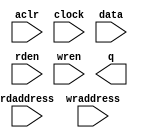
// megafunction wizard: %LPM_RAM_DP%VBB%
// GENERATION: STANDARD
// VERSION: WM1.0
// MODULE: altsyncram 

// ============================================================
// Megafunction Name(s):
// 			altsyncram
//
// Simulation Library Files(s):
// 			altera_mf
// ============================================================
// ************************************************************
// THIS IS A WIZARD-GENERATED FILE. DO NOT EDIT THIS FILE!
//
// 9.1 Build 222 10/21/2009 SJ Full Version
// ************************************************************

//Copyright (C) 1991-2009 Altera Corporation
//Your use of Altera Corporation's design tools, logic functions 
//and other software and tools, and its AMPP partner logic 
//functions, and any output files from any of the foregoing 
//(including device programming or simulation files), and any 
//associated documentation or information are expressly subject 
//to the terms and conditions of the Altera Program License 
//Subscription Agreement, Altera MegaCore Function License 
//Agreement, or other applicable license agreement, including, 
//without limitation, that your use is for the sole purpose of 
//programming logic devices manufactured by Altera and sold by 
//Altera or its authorized distributors.  Please refer to the 
//applicable agreement for further details.

module lpm_ram_dp0 (
	aclr,
	clock,
	data,
	rdaddress,
	rden,
	wraddress,
	wren,
	q);

	input	  aclr;
	input	  clock;
	input	[31:0]  data;
	input	[6:0]  rdaddress;
	input	  rden;
	input	[6:0]  wraddress;
	input	  wren;
	output	[31:0]  q;
`ifndef ALTERA_RESERVED_QIS
// synopsys translate_off
`endif
	tri0	  aclr;
	tri1	  rden;
	tri1	  wren;
`ifndef ALTERA_RESERVED_QIS
// synopsys translate_on
`endif

endmodule

// ============================================================
// CNX file retrieval info
// ============================================================
// Retrieval info: PRIVATE: ADDRESSSTALL_A NUMERIC "0"
// Retrieval info: PRIVATE: ADDRESSSTALL_B NUMERIC "0"
// Retrieval info: PRIVATE: BYTEENA_ACLR_A NUMERIC "0"
// Retrieval info: PRIVATE: BYTEENA_ACLR_B NUMERIC "0"
// Retrieval info: PRIVATE: BYTE_ENABLE_A NUMERIC "0"
// Retrieval info: PRIVATE: BYTE_ENABLE_B NUMERIC "0"
// Retrieval info: PRIVATE: BYTE_SIZE NUMERIC "8"
// Retrieval info: PRIVATE: BlankMemory NUMERIC "1"
// Retrieval info: PRIVATE: CLOCK_ENABLE_INPUT_A NUMERIC "0"
// Retrieval info: PRIVATE: CLOCK_ENABLE_INPUT_B NUMERIC "0"
// Retrieval info: PRIVATE: CLOCK_ENABLE_OUTPUT_A NUMERIC "0"
// Retrieval info: PRIVATE: CLOCK_ENABLE_OUTPUT_B NUMERIC "0"
// Retrieval info: PRIVATE: CLRdata NUMERIC "0"
// Retrieval info: PRIVATE: CLRq NUMERIC "1"
// Retrieval info: PRIVATE: CLRrdaddress NUMERIC "1"
// Retrieval info: PRIVATE: CLRrren NUMERIC "0"
// Retrieval info: PRIVATE: CLRwraddress NUMERIC "0"
// Retrieval info: PRIVATE: CLRwren NUMERIC "0"
// Retrieval info: PRIVATE: Clock NUMERIC "0"
// Retrieval info: PRIVATE: Clock_A NUMERIC "0"
// Retrieval info: PRIVATE: Clock_B NUMERIC "0"
// Retrieval info: PRIVATE: ECC NUMERIC "0"
// Retrieval info: PRIVATE: IMPLEMENT_IN_LES NUMERIC "0"
// Retrieval info: PRIVATE: INDATA_ACLR_B NUMERIC "0"
// Retrieval info: PRIVATE: INDATA_REG_B NUMERIC "0"
// Retrieval info: PRIVATE: INIT_FILE_LAYOUT STRING "PORT_B"
// Retrieval info: PRIVATE: INIT_TO_SIM_X NUMERIC "0"
// Retrieval info: PRIVATE: INTENDED_DEVICE_FAMILY STRING "Cyclone III"
// Retrieval info: PRIVATE: JTAG_ENABLED NUMERIC "0"
// Retrieval info: PRIVATE: JTAG_ID STRING "NONE"
// Retrieval info: PRIVATE: MAXIMUM_DEPTH NUMERIC "0"
// Retrieval info: PRIVATE: MEMSIZE NUMERIC "4096"
// Retrieval info: PRIVATE: MEM_IN_BITS NUMERIC "0"
// Retrieval info: PRIVATE: MIFfilename STRING ""
// Retrieval info: PRIVATE: OPERATION_MODE NUMERIC "2"
// Retrieval info: PRIVATE: OUTDATA_ACLR_B NUMERIC "1"
// Retrieval info: PRIVATE: OUTDATA_REG_B NUMERIC "1"
// Retrieval info: PRIVATE: RAM_BLOCK_TYPE NUMERIC "0"
// Retrieval info: PRIVATE: READ_DURING_WRITE_MODE_MIXED_PORTS NUMERIC "2"
// Retrieval info: PRIVATE: READ_DURING_WRITE_MODE_PORT_A NUMERIC "4"
// Retrieval info: PRIVATE: READ_DURING_WRITE_MODE_PORT_B NUMERIC "4"
// Retrieval info: PRIVATE: REGdata NUMERIC "1"
// Retrieval info: PRIVATE: REGq NUMERIC "1"
// Retrieval info: PRIVATE: REGrdaddress NUMERIC "1"
// Retrieval info: PRIVATE: REGrren NUMERIC "1"
// Retrieval info: PRIVATE: REGwraddress NUMERIC "1"
// Retrieval info: PRIVATE: REGwren NUMERIC "1"
// Retrieval info: PRIVATE: SYNTH_WRAPPER_GEN_POSTFIX STRING "0"
// Retrieval info: PRIVATE: USE_DIFF_CLKEN NUMERIC "0"
// Retrieval info: PRIVATE: UseDPRAM NUMERIC "1"
// Retrieval info: PRIVATE: VarWidth NUMERIC "0"
// Retrieval info: PRIVATE: WIDTH_READ_A NUMERIC "32"
// Retrieval info: PRIVATE: WIDTH_READ_B NUMERIC "32"
// Retrieval info: PRIVATE: WIDTH_WRITE_A NUMERIC "32"
// Retrieval info: PRIVATE: WIDTH_WRITE_B NUMERIC "32"
// Retrieval info: PRIVATE: WRADDR_ACLR_B NUMERIC "0"
// Retrieval info: PRIVATE: WRADDR_REG_B NUMERIC "0"
// Retrieval info: PRIVATE: WRCTRL_ACLR_B NUMERIC "0"
// Retrieval info: PRIVATE: enable NUMERIC "0"
// Retrieval info: PRIVATE: rden NUMERIC "1"
// Retrieval info: CONSTANT: ADDRESS_ACLR_B STRING "CLEAR0"
// Retrieval info: CONSTANT: ADDRESS_REG_B STRING "CLOCK0"
// Retrieval info: CONSTANT: CLOCK_ENABLE_INPUT_A STRING "BYPASS"
// Retrieval info: CONSTANT: CLOCK_ENABLE_INPUT_B STRING "BYPASS"
// Retrieval info: CONSTANT: CLOCK_ENABLE_OUTPUT_B STRING "BYPASS"
// Retrieval info: CONSTANT: INTENDED_DEVICE_FAMILY STRING "Cyclone III"
// Retrieval info: CONSTANT: LPM_TYPE STRING "altsyncram"
// Retrieval info: CONSTANT: NUMWORDS_A NUMERIC "128"
// Retrieval info: CONSTANT: NUMWORDS_B NUMERIC "128"
// Retrieval info: CONSTANT: OPERATION_MODE STRING "DUAL_PORT"
// Retrieval info: CONSTANT: OUTDATA_ACLR_B STRING "CLEAR0"
// Retrieval info: CONSTANT: OUTDATA_REG_B STRING "CLOCK0"
// Retrieval info: CONSTANT: POWER_UP_UNINITIALIZED STRING "FALSE"
// Retrieval info: CONSTANT: RDCONTROL_REG_B STRING "CLOCK0"
// Retrieval info: CONSTANT: READ_DURING_WRITE_MODE_MIXED_PORTS STRING "DONT_CARE"
// Retrieval info: CONSTANT: WIDTHAD_A NUMERIC "7"
// Retrieval info: CONSTANT: WIDTHAD_B NUMERIC "7"
// Retrieval info: CONSTANT: WIDTH_A NUMERIC "32"
// Retrieval info: CONSTANT: WIDTH_B NUMERIC "32"
// Retrieval info: CONSTANT: WIDTH_BYTEENA_A NUMERIC "1"
// Retrieval info: USED_PORT: aclr 0 0 0 0 INPUT GND aclr
// Retrieval info: USED_PORT: clock 0 0 0 0 INPUT NODEFVAL clock
// Retrieval info: USED_PORT: data 0 0 32 0 INPUT NODEFVAL data[31..0]
// Retrieval info: USED_PORT: q 0 0 32 0 OUTPUT NODEFVAL q[31..0]
// Retrieval info: USED_PORT: rdaddress 0 0 7 0 INPUT NODEFVAL rdaddress[6..0]
// Retrieval info: USED_PORT: rden 0 0 0 0 INPUT VCC rden
// Retrieval info: USED_PORT: wraddress 0 0 7 0 INPUT NODEFVAL wraddress[6..0]
// Retrieval info: USED_PORT: wren 0 0 0 0 INPUT VCC wren
// Retrieval info: CONNECT: @data_a 0 0 32 0 data 0 0 32 0
// Retrieval info: CONNECT: @wren_a 0 0 0 0 wren 0 0 0 0
// Retrieval info: CONNECT: q 0 0 32 0 @q_b 0 0 32 0
// Retrieval info: CONNECT: @address_a 0 0 7 0 wraddress 0 0 7 0
// Retrieval info: CONNECT: @address_b 0 0 7 0 rdaddress 0 0 7 0
// Retrieval info: CONNECT: @rden_b 0 0 0 0 rden 0 0 0 0
// Retrieval info: CONNECT: @clock0 0 0 0 0 clock 0 0 0 0
// Retrieval info: CONNECT: @aclr0 0 0 0 0 aclr 0 0 0 0
// Retrieval info: LIBRARY: altera_mf altera_mf.altera_mf_components.all
// Retrieval info: GEN_FILE: TYPE_NORMAL lpm_ram_dp0.v TRUE
// Retrieval info: GEN_FILE: TYPE_NORMAL lpm_ram_dp0.inc FALSE
// Retrieval info: GEN_FILE: TYPE_NORMAL lpm_ram_dp0.cmp FALSE
// Retrieval info: GEN_FILE: TYPE_NORMAL lpm_ram_dp0.bsf TRUE FALSE
// Retrieval info: GEN_FILE: TYPE_NORMAL lpm_ram_dp0_inst.v FALSE
// Retrieval info: GEN_FILE: TYPE_NORMAL lpm_ram_dp0_bb.v TRUE
// Retrieval info: GEN_FILE: TYPE_NORMAL lpm_ram_dp0_waveforms.html TRUE
// Retrieval info: GEN_FILE: TYPE_NORMAL lpm_ram_dp0_wave*.jpg FALSE
// Retrieval info: LIB_FILE: altera_mf